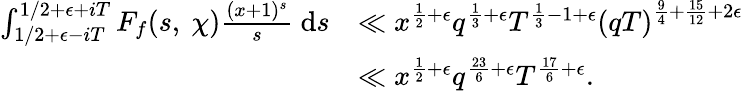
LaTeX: \begin{array}{rl}{\int_{1/2+\epsilon-iT}^{1/2+\epsilon+iT}F_{f}(s,\ \chi)\frac{(x+1)^{s}}{s}\ \mathrm{d}s}&{\ll x^{\frac{1}{2}+\epsilon}q^{\frac{1}{3}+\epsilon}T^{\frac{1}{3}-1+\epsilon}\left(qT\right)^{\frac{9}{4}+\frac{15}{12}+2\epsilon}}\\ &{\ll x^{\frac{1}{2}+\epsilon}q^{\frac{23}{6}+\epsilon}T^{\frac{17}{6}+\epsilon}.}\end{array}